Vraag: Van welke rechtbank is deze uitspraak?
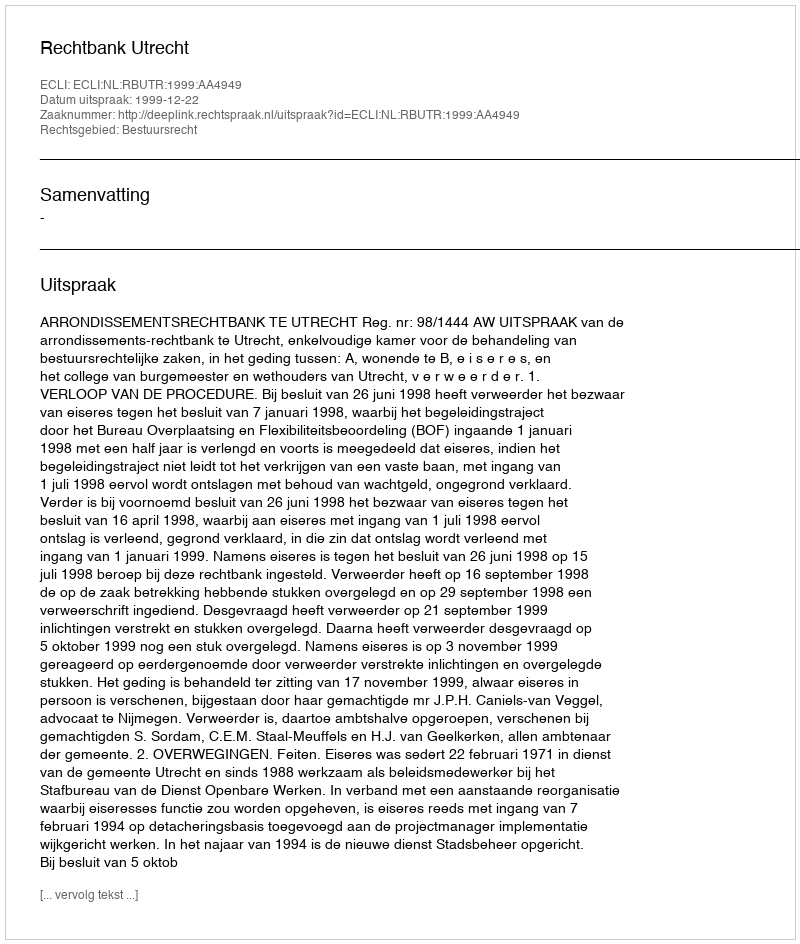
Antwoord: Rechtbank Utrecht